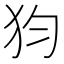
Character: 𤜼